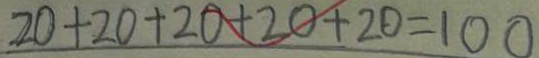
2 0 + 2 0 + 2 0 + 2 0 + 2 0 = 1 0 0